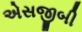
એસજીબી